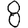
Digit: 8